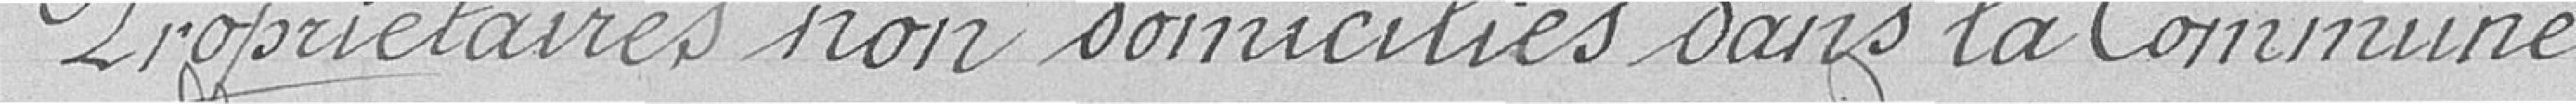
Propriétaires non domiciliés dans la Commune